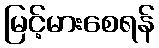
မြင့်မားစေရန်